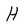
Character: H